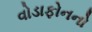
વોડાફોનનો